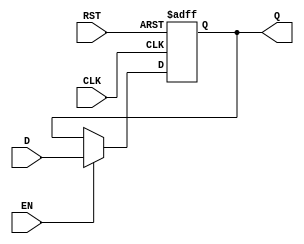
module Registro_8b (
	input			RST,	//	Reset maestro
	input			CLK,	//	Reloj maestro
	input			EN,		//	Habilitacion
	input[7:0]		D,		//	Entrada
	output reg[7:0]	Q		//	Salida
	);
	
	reg[7:0] Qp, Qn; 
	
	always @ (Qp,EN,D)
	begin : Combinacional 
		if (EN)
			Qn = D;		//	Cargar
		else
			Qn = Qp;	//	Sostener
		Q = Qp;
	end
	
	always @ (posedge RST or posedge CLK)
	begin : Secuencial
		if (RST)
			Qp <= 0;
		else
			Qp <= Qn;
	end
	
/*	always @ (posedge RST or posedge CLK)
	begin 
		if (RST)
			Q <= 0;
		else begin 
			if (EN)
				Q <= D;	//	Cargar
			else
				Q <= Q;	//	Sostener
		end
	end	  */
	
endmodule